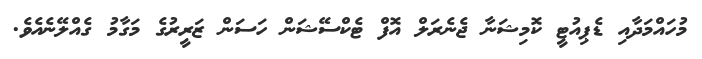
މުހައްމަދާއި ޑެޕިއުޓީ ކޮމިޝަނާ ޖެނެރަލް އޮފް ޓެކްސޭޝަން ހަސަން ޒަރީރުގެ މަގާމު ގެއްލޭނެއެވެ.